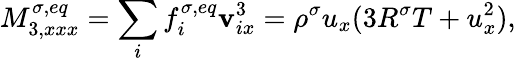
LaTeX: M_{3,xxx}^{\sigma,eq}=\sum_{i}f_{i}^{\sigma,eq}\mathbf{v}_{ix}^{3}=\rho^{\sigma}u_{x}(3R^{\sigma}T+u_{x}^{2}),